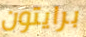
برايتون